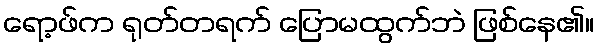
ရော့ဖ်က ရုတ်တရက် ပြောမထွက်ဘဲ ဖြစ်နေ၏။